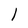
Character: l